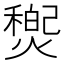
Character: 𤐏